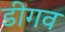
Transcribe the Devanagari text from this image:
डीगव